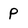
Character: p